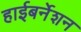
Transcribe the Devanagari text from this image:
हाईबर्नेशन